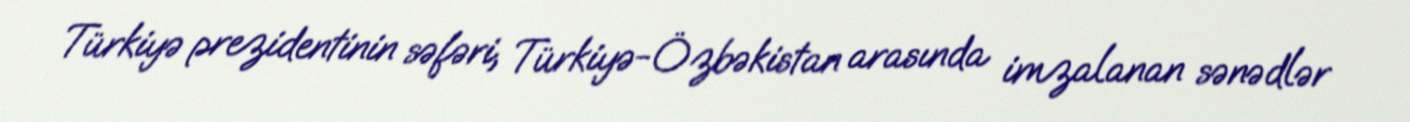
Türkiyə prezidentinin səfəri, Türkiyə-Özbəkistan arasında imzalanan sənədlər